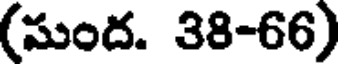
(సుంద. 38-66)